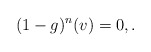
\begin{align*}(1-g)^n (v)=0, {}.\end{align*}